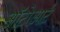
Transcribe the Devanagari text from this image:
ऑटोआर्ट